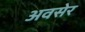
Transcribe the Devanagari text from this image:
अवसेर